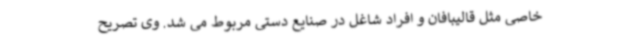
خاصی مثل قالیبافان و افراد شاغل در صنایع دستی مربوط می شد. وی تصریح